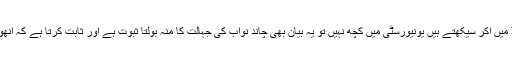
اور جہاں تک بات ہے کہ نئے لوگ فیلڈ میں آکر سیکھتے ہیں یونیورسٹی میں کچھ نہیں تو یہ بیان بھی چاند نواب کی جہالت کا منہ بولتا ثبوت ہے اور ثابت کرتا ہے کہ انھوں نے یونیورسٹی کی شکل نہیں دیکھی۔